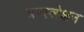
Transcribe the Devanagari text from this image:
त्रन्स्लेशन